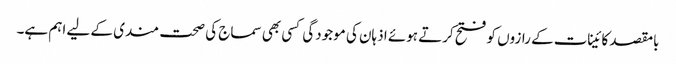
بامقصد کائینات کے رازوں کو فتح کرتے ہوئے اذہان کی موجودگی کسی بھی سماج کی صحت مندی کے لیے اہم ہے۔